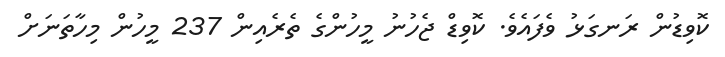
ކޮވިޑުން ރަނގަޅު ވެފައެވެ. ކޮވިޑް ޖެހުނު މީހުންގެ ތެރެއިން 237 މީހުން މިހާތަނަށް